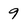
Character: 9